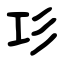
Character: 㣉